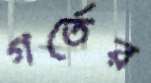
গর্তের